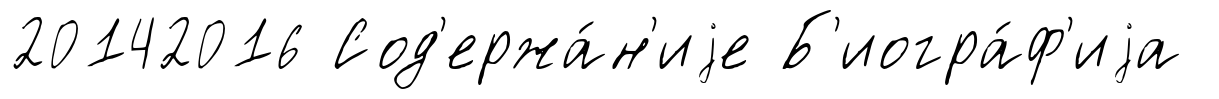
20142016 Сод'ержа́н'иjе Б'иогра́ф'иjа